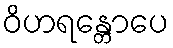
ဝိဟရန္တောပေ